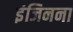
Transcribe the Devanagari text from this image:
इंजिनना